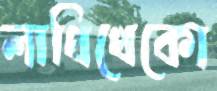
লাথিখেকো